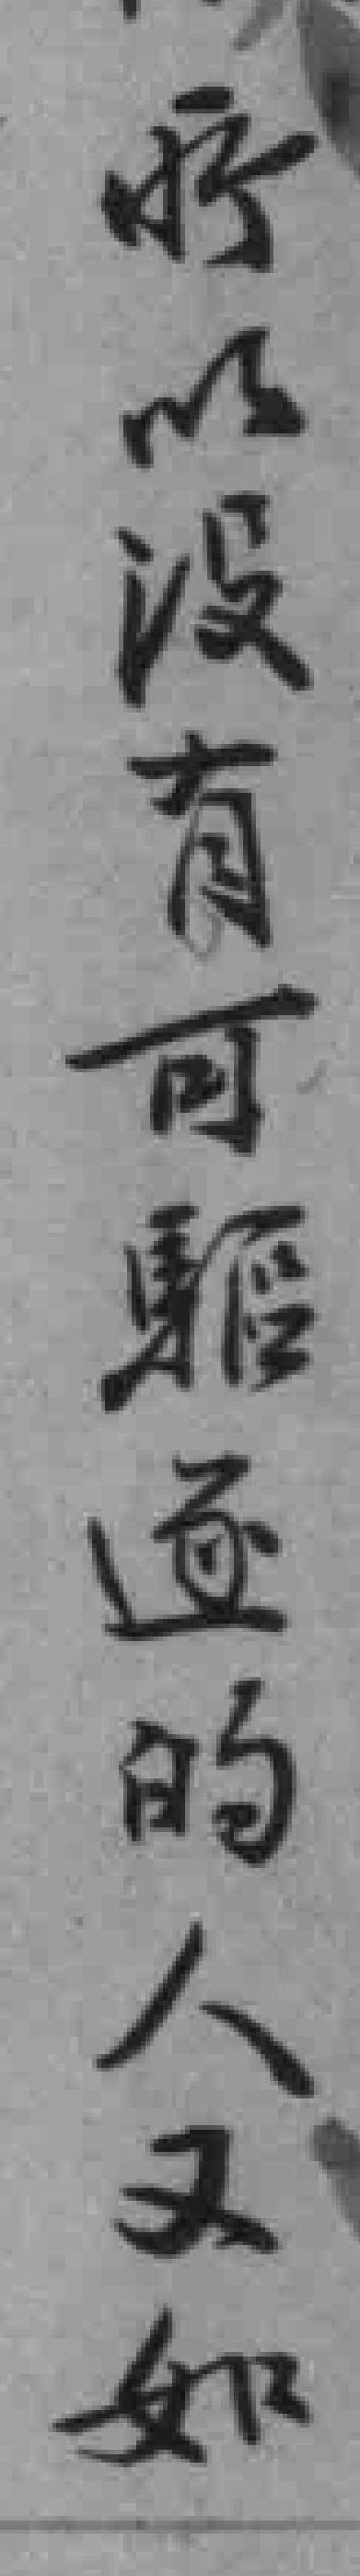
所以没有可驅逐的人又如